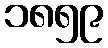
၁၈၅၉